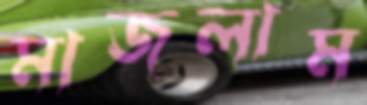
মাজলাম